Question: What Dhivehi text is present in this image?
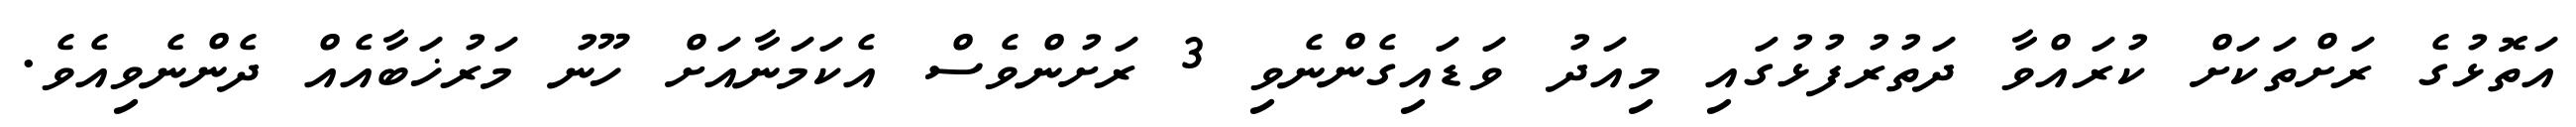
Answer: އަތޮޅުގެ ރަށްތަކަށް ކުރައްވާ ދަތުރުފުޅުގައި މިއަދު ވަޑައިގެންނެވި 3 ރަށުންވެސް އެކަމަނާއަށް ހޫނު މަރުޚަބާއެއް ދެންނެވިއެވެ.